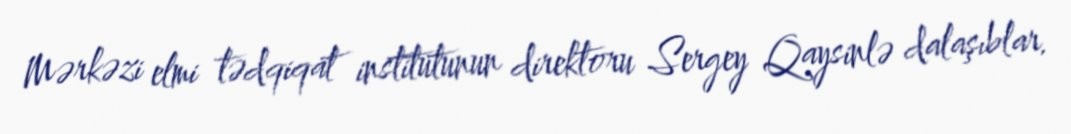
Mərkəzi elmi tədqiqat institutunun direktoru Sergey Qaysinlə dalaşıblar.